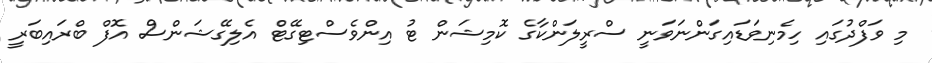
މި ވަފްދުގައި ހިމެނިވަޑައިގަންނަވަނީ ސްރީލަންކާގެ ކޮމިޝަން ޓު އިންވެސްޓިގޭޓް އެލިގޭޝަންސް އޮފް ބްރައިބަރީ